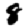
Digit: 8